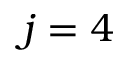
j = 4